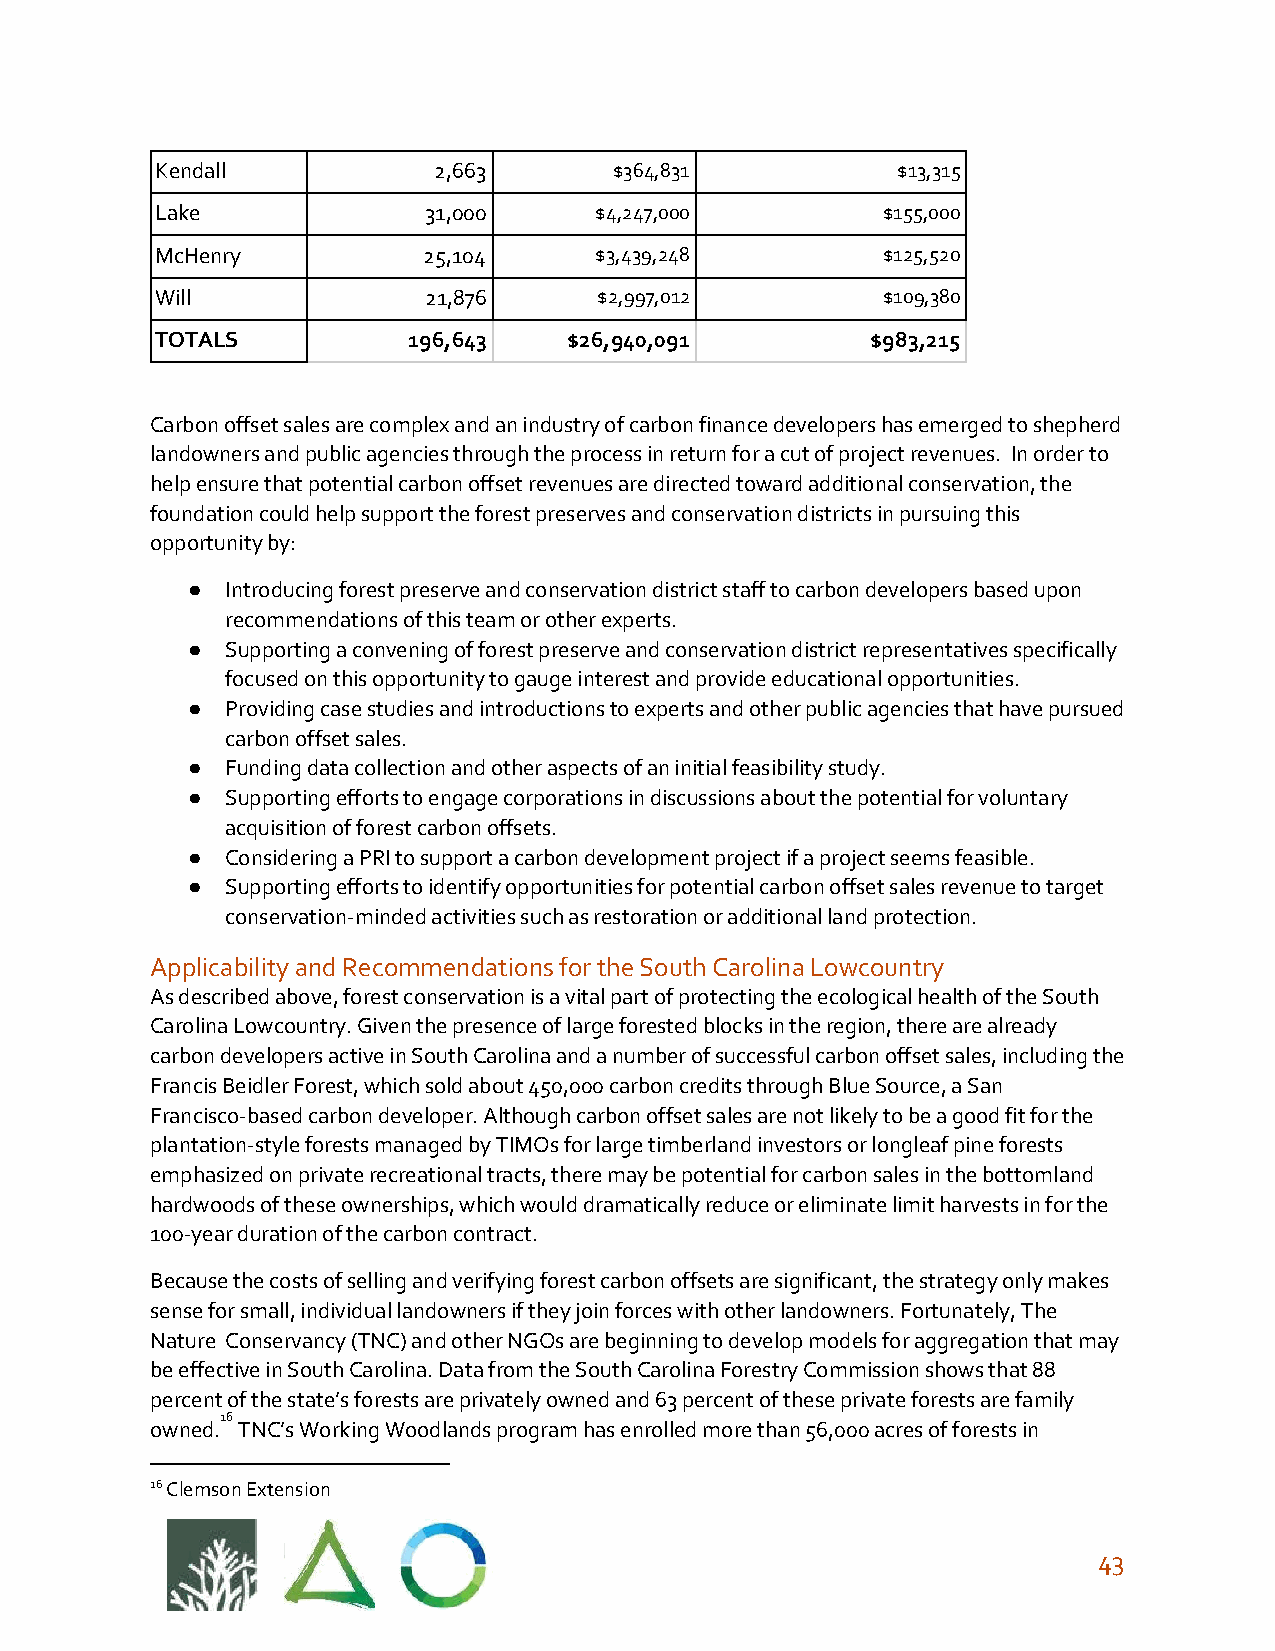
Kendall            2,663       $364,831          $13,315
 Lake              31,000     $4,247,000         $155,000
 McHenry           25,104     $3,439,248         $125,520
 Will              21,876      $2,997,012        $109,380
 TOTALS           196,643    $26,940,091         $983,215
 Carbon offset sales are complex and an industry of carbon finance developers has emerged to shepherd
 landowners and public agencies through the process in return for a cut of project revenues. In order to
 help ensure that potential carbon offset revenues are directed toward additional conservation, the
 foundation could help support the forest preserves and conservation districts in pursuing this
 opportunity by:
 ●  Introducing forest preserve and conservation district staff to carbon developers based upon
 recommendations of this team or other experts.
 ●  Supporting a convening of forest preserve and conservation district representatives specifically
 focused on this opportunity to gauge interest and provide educational opportunities.
 ●  Providing case studies and introductions to experts and other public agencies that have pursued
 carbon offset sales.
 ●  Funding data collection and other aspects of an initial feasibility study.
 ●  Supporting efforts to engage corporations in discussions about the potential for voluntary
 acquisition of forest carbon offsets.
 ●  Considering a PRI to support a carbon development project if a project seems feasible.
 ●  Supporting efforts to identify opportunities for potential carbon offset sales revenue to target
 conservation-minded activities such as restoration or additional land protection.
 Applicability and Recommendations for the South Carolina Lowcountry
 As described above, forest conservation is a vital part of protecting the ecological health of the South
 Carolina Lowcountry. Given the presence of large forested blocks in the region, there are already
 carbon developers active in South Carolina and a number of successful carbon offset sales, including the
 Francis Beidler Forest, which sold about 450,000 carbon credits through Blue Source, a San
 Francisco-based carbon developer. Although carbon offset sales are not likely to be a good fit for the
 plantation-style forests managed by TIMOs for large timberland investors or longleaf pine forests
 emphasized on private recreational tracts, there may be potential for carbon sales in the bottomland
 hardwoods of these ownerships, which would dramatically reduce or eliminate limit harvests in for the
 100-year duration of the carbon contract.
 Because the costs of selling and verifying forest carbon offsets are significant, the strategy only makes
 sense for small, individual landowners if they join forces with other landowners. Fortunately, The
 Nature Conservancy (TNC) and other NGOs are beginning to develop models for aggregation that may
 be effective in South Carolina. Data from the South Carolina Forestry Commission shows that 88
 percent of the state’s forests are privately owned and 63 percent of these private forests are family
 16
 owned. TNC’s Working Woodlands program has enrolled more than 56,000 acres of forests in
 16 Clemson Extension
 43